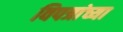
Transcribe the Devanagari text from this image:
विपत्रांच्या